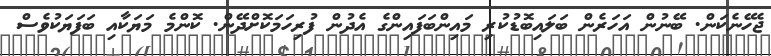
ޖެހޭނެކަން. ބޭނުން އަހަރެން ބަލައިބޮޑުކުރި މައިންބަފައިންގެ އެދުން ފުރިހަމަކޮށްދޭން. ކޮންމެ މަޔަކާއި ބަފަޔަކުވެސް